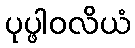
ပုပ္ဖါဝလိယံ